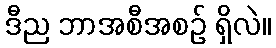
ဒီည ဘာအစီအစဉ် ရှိလဲ။